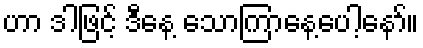
ဟာ ဒါဖြင့် ဒီနေ့ သောကြာနေ့ပေါ့နော်။